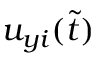
u _ { y i } ( \tilde { t } )